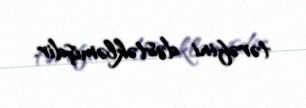
tərəfini dəstəkləmişdir.